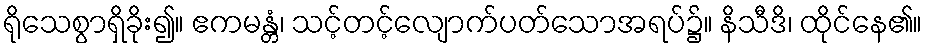
ရိုသေစွာရှိခိုး၍။ ဧကမန္တံ၊ သင့်တင့်လျောက်ပတ်သောအရပ်၌။ နိသီဒိ၊ ထိုင်နေ၏။